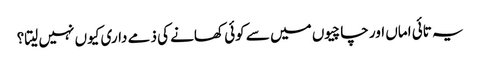
یہ تائی اماں اور چاچیوں میں سے کوئی کھانے کی ذمے داری کیوں نہیں لیتا؟